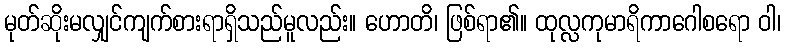
မုတ်ဆိုးမလျှင်ကျက်စားရာရှိသည်မူလည်း။ ဟောတိ၊ ဖြစ်ရာ၏။ ထုလ္လကုမာရိကာဂေါစရော ဝါ၊